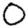
Digit: 0